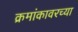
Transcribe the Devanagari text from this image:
क्रमांकावरच्या